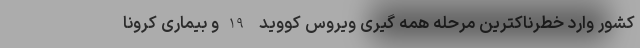
کشور وارد خطرناکترین مرحله همه گیری ویروس کووید -19 و بیماری کرونا